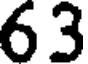
63